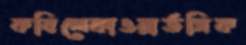
কষিলেকাওয়ার্ডসিক